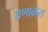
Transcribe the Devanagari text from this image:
राणाकंस